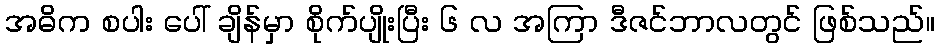
အဓိက စပါး ပေါ် ချိန်မှာ စိုက်ပျိုးပြီး ၆ လ အကြာ ဒီဇင်ဘာလတွင် ဖြစ်သည်။